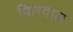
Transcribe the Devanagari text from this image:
फिरवाल